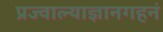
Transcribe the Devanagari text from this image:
प्रज्वाल्याज्ञानगहनं